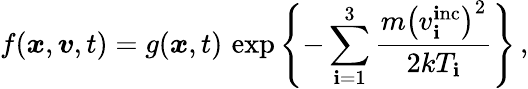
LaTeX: f(\boldsymbol{x},\boldsymbol{v},t)=g(\boldsymbol{x},t)\, \exp\left\{ -\sum_{\mathbf{i}=1}^{3}\frac{{m{\left(v_{\mathbf{i}}^{\mathrm{{\mathbf{i}nc}}}\right)}^{2}}}{{2kT_{\mathbf{i}}}}\right\} \, ,